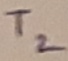
Text: T2